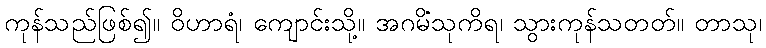
ကုန်သည်ဖြစ်၍။ ဝိဟာရံ၊ ကျောင်းသို့။ အဂမိံသုကိရ၊ သွားကုန်သတတ်။ တာသု၊